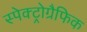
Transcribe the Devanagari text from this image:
स्पेक्ट्रोग्रैफिक